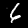
Digit: 6